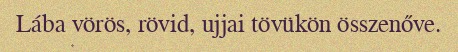
Lába vörös, rövid, ujjai tövükön összenőve.